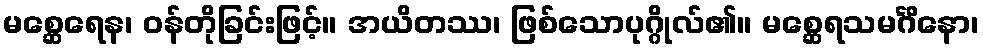
မစ္ဆေရေန၊ ဝန်တိုခြင်းဖြင့်။ အယိတဿ၊ ဖြစ်သောပုဂ္ဂိုလ်၏။ မစ္ဆေရသမင်္ဂိနော၊